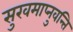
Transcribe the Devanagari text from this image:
सुखमाप्नुवन्ति